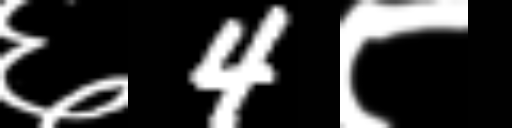
Text: ६4८